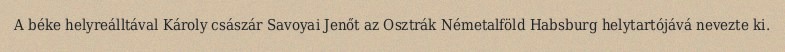
A béke helyreálltával Károly császár Savoyai Jenőt az Osztrák Németalföld Habsburg helytartójává nevezte ki.